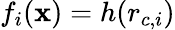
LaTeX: f_{i}(\mathbf{x})=h(r_{c,i})